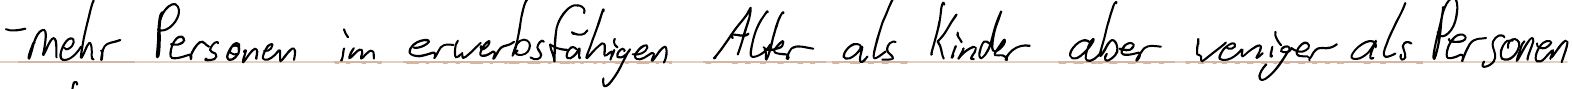
- mehr Personen im erwerbsfähigen Alter als Kinder aber weniger als Personen